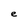
Character: e